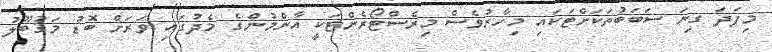
މިފަދަ ގިނަ ސަބަބުތަކަށްޓަކައި މިހާރުވެސް މިރެސްޓޯރެންޓަކީ އާންމުންގެ މެދުގައި ވަރަށް ބޮޑު މަޤުބޫލު